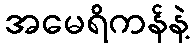
အမေရိကန်နဲ့